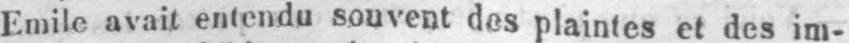
Emile avait entendu souvent des plaintes et des im-